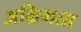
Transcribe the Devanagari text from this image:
अग्रिमता